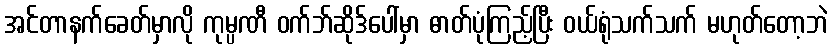
အင်တာနက်ခေတ်မှာလို ကုမ္ပဏီ ဝက်ဘ်ဆိုဒ်ပေါ်မှာ ဓာတ်ပုံကြည့်ပြီး ဝယ်ရုံသက်သက် မဟုတ်တော့ဘဲ